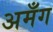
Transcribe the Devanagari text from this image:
अमँग